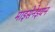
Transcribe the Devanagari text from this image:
माइसेनेइयन